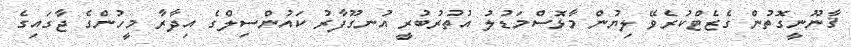
ޤާނޫނީގޮތުން ގެޒެޓްކުރެވޭ ލިޔުން މާޅޮސްމަޑުލު އުތުރުބުރީ އުނގޫފާރު ކައުންސިލްގެ އިދާރާ މީހުންގެ ޖާގައިގެ